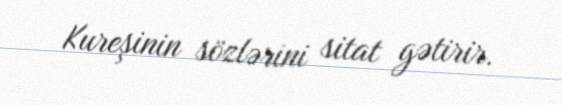
Kureşinin sözlərini sitat gətirir.